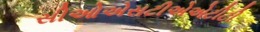
સીઓએસટીએએટીટી